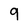
Character: 9